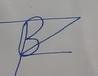
Signature authenticity: forged